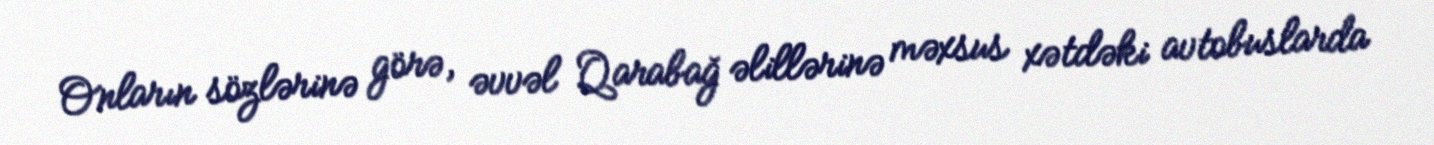
Onların sözlərinə görə, əvvəl Qarabağ əlillərinə məxsus xətdəki avtobuslarda